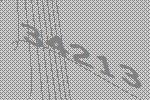
34213